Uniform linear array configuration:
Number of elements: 12
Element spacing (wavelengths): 1
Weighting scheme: kaiser
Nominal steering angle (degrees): -45
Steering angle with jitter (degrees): -43.729
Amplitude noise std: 0.05
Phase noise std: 0.05

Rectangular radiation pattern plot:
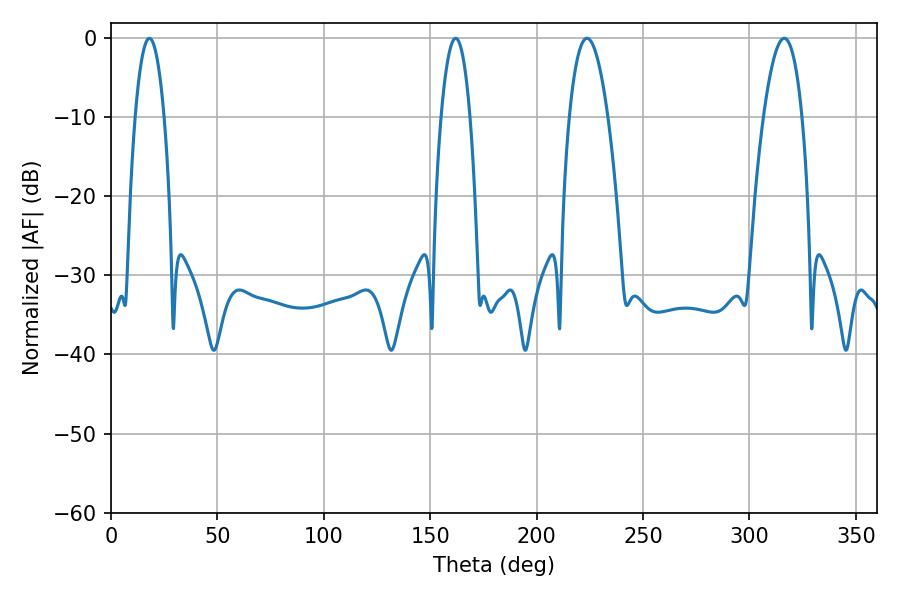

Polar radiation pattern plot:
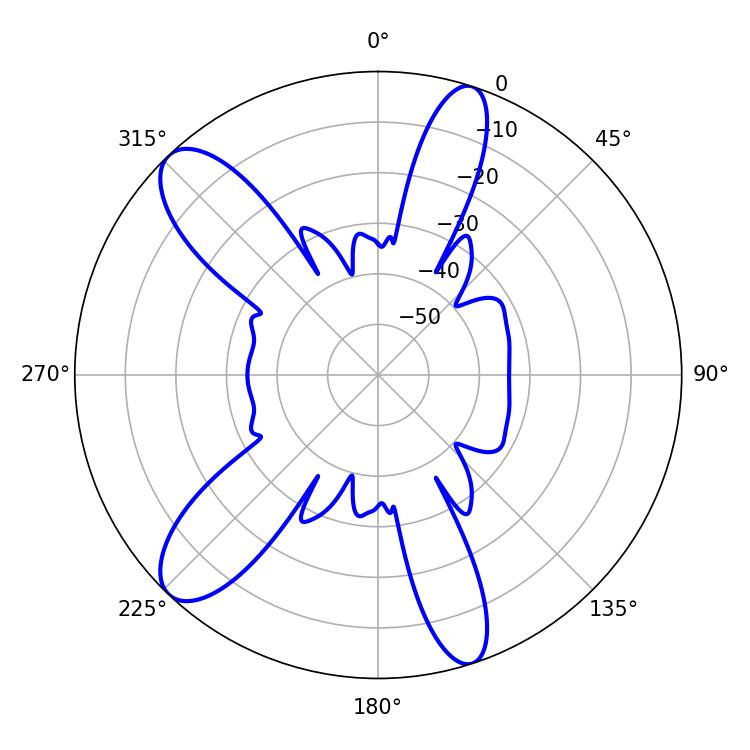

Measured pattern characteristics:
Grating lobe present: TRUE
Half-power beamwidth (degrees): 7.56
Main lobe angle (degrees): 162